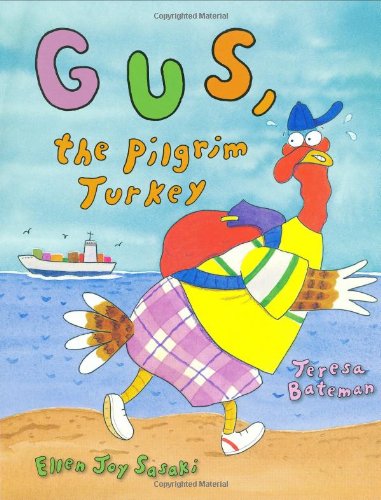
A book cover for Gus, the Pilgrim Turkey; Teresa Bateman; Travel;